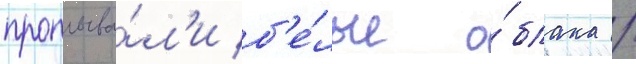
проплыва́л'и б'е́лые о́блака /